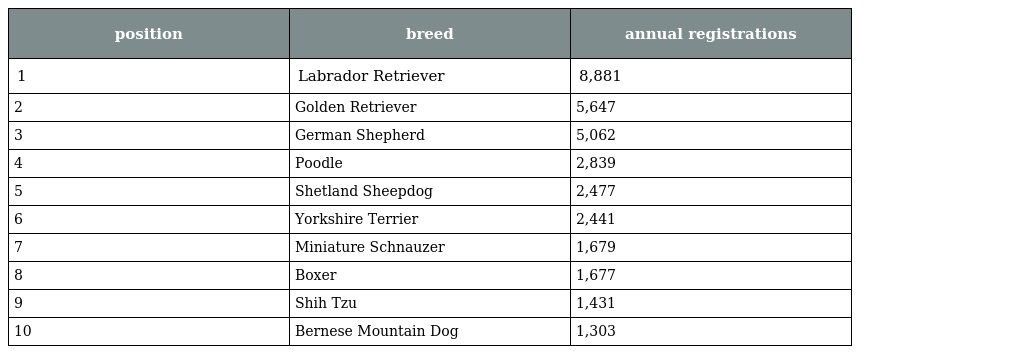
| position | breed | annual registrations |
 | --- | --- | --- |
 | 1 | Labrador Retriever | 8,881 |
 | 2 | Golden Retriever | 5,647 |
 | 3 | German Shepherd | 5,062 |
 | 4 | Poodle | 2,839 |
 | 5 | Shetland Sheepdog | 2,477 |
 | 6 | Yorkshire Terrier | 2,441 |
 | 7 | Miniature Schnauzer | 1,679 |
 | 8 | Boxer | 1,677 |
 | 9 | Shih Tzu | 1,431 |
 | 10 | Bernese Mountain Dog | 1,303 |